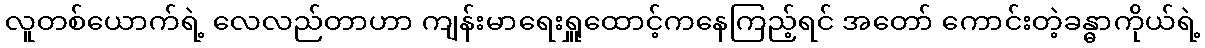
လူတစ်ယောက်ရဲ့ လေလည်တာဟာ ကျန်းမာရေးရှူထောင့်ကနေကြည့်ရင် အတော် ကောင်းတဲ့ခန္ဓာကိုယ်ရဲ့